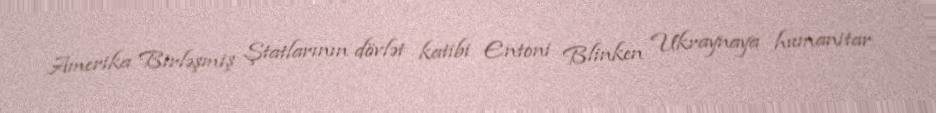
Amerika Birləşmiş Ştatlarının dövlət katibi Entoni Blinken Ukraynaya humanitar